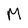
Character: M